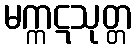
မက္ကဋသုတ္တ